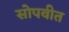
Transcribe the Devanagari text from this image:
सोपवीत